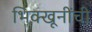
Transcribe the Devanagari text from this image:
भिक्खूनींची